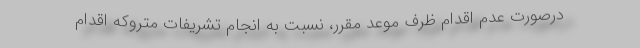
درصورت عدم اقدام ظرف موعد مقرر، نسبت به انجام تشریفات متروکه اقدام